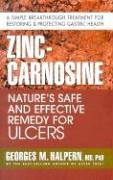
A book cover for Zinc-Carnosine; Georges M. Halpern; Health, Fitness & Dieting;